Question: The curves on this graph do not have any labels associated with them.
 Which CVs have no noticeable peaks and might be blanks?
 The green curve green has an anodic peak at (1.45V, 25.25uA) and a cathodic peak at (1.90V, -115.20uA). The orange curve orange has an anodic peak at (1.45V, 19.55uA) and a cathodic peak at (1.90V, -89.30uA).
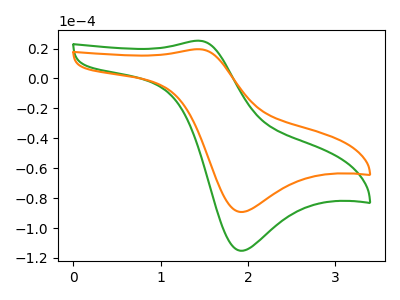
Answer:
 <answer>There are not any CV's on this graph that are likely to be blanks.</answer>
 <eval>none</eval>